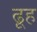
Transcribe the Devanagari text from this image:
ढूह